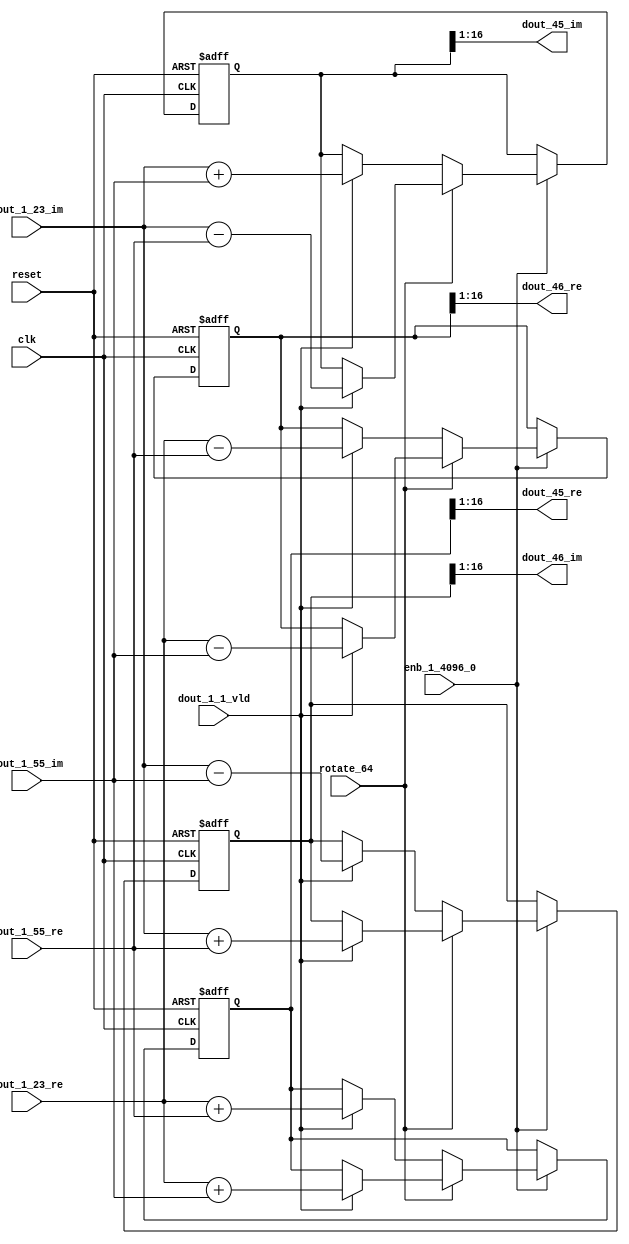
// -------------------------------------------------------------
// 
// 
// Generated by MATLAB 9.14 and HDL Coder 4.1
// 
// -------------------------------------------------------------


// -------------------------------------------------------------
// 
// Module: RADIX22FFT_SDNF2_2_block21
// Source Path: dsphdl.IFFT/RADIX22FFT_SDNF2_2
// Hierarchy Level: 4
// 
// -------------------------------------------------------------

`timescale 1 ns / 1 ns

module RADIX22FFT_SDNF2_2_block21
          (clk,
           reset,
           enb_1_4096_0,
           rotate_64,
           dout_1_23_re,
           dout_1_23_im,
           dout_1_55_re,
           dout_1_55_im,
           dout_1_1_vld,
           dout_45_re,
           dout_45_im,
           dout_46_re,
           dout_46_im);


  input   clk;
  input   reset;
  input   enb_1_4096_0;
  input   rotate_64;  // ufix1
  input   signed [15:0] dout_1_23_re;  // sfix16_En14
  input   signed [15:0] dout_1_23_im;  // sfix16_En14
  input   signed [15:0] dout_1_55_re;  // sfix16_En14
  input   signed [15:0] dout_1_55_im;  // sfix16_En14
  input   dout_1_1_vld;
  output  signed [15:0] dout_45_re;  // sfix16_En14
  output  signed [15:0] dout_45_im;  // sfix16_En14
  output  signed [15:0] dout_46_re;  // sfix16_En14
  output  signed [15:0] dout_46_im;  // sfix16_En14


  reg  Radix22ButterflyG2_NF_din_vld_dly;
  reg signed [16:0] Radix22ButterflyG2_NF_btf1_re_reg;  // sfix17
  reg signed [16:0] Radix22ButterflyG2_NF_btf1_im_reg;  // sfix17
  reg signed [16:0] Radix22ButterflyG2_NF_btf2_re_reg;  // sfix17
  reg signed [16:0] Radix22ButterflyG2_NF_btf2_im_reg;  // sfix17
  reg  Radix22ButterflyG2_NF_din_vld_dly_next;
  reg signed [16:0] Radix22ButterflyG2_NF_btf1_re_reg_next;  // sfix17_En14
  reg signed [16:0] Radix22ButterflyG2_NF_btf1_im_reg_next;  // sfix17_En14
  reg signed [16:0] Radix22ButterflyG2_NF_btf2_re_reg_next;  // sfix17_En14
  reg signed [16:0] Radix22ButterflyG2_NF_btf2_im_reg_next;  // sfix17_En14
  reg signed [15:0] dout_45_re_1;  // sfix16_En14
  reg signed [15:0] dout_45_im_1;  // sfix16_En14
  reg signed [15:0] dout_46_re_1;  // sfix16_En14
  reg signed [15:0] dout_46_im_1;  // sfix16_En14
  reg  dout_2_vld;
  reg signed [16:0] Radix22ButterflyG2_NF_add_cast;  // sfix17_En14
  reg signed [16:0] Radix22ButterflyG2_NF_add_cast_0;  // sfix17_En14
  reg signed [16:0] Radix22ButterflyG2_NF_add_cast_1;  // sfix17_En14
  reg signed [16:0] Radix22ButterflyG2_NF_add_cast_2;  // sfix17_En14
  reg signed [16:0] Radix22ButterflyG2_NF_sub_cast;  // sfix17_En14
  reg signed [16:0] Radix22ButterflyG2_NF_sub_cast_0;  // sfix17_En14
  reg signed [16:0] Radix22ButterflyG2_NF_sub_cast_1;  // sfix17_En14
  reg signed [16:0] Radix22ButterflyG2_NF_sub_cast_2;  // sfix17_En14
  reg signed [16:0] Radix22ButterflyG2_NF_sra_temp;  // sfix17_En14
  reg signed [16:0] Radix22ButterflyG2_NF_add_cast_3;  // sfix17_En14
  reg signed [16:0] Radix22ButterflyG2_NF_add_cast_4;  // sfix17_En14
  reg signed [16:0] Radix22ButterflyG2_NF_add_cast_5;  // sfix17_En14
  reg signed [16:0] Radix22ButterflyG2_NF_add_cast_6;  // sfix17_En14
  reg signed [16:0] Radix22ButterflyG2_NF_sra_temp_0;  // sfix17_En14
  reg signed [16:0] Radix22ButterflyG2_NF_sub_cast_3;  // sfix17_En14
  reg signed [16:0] Radix22ButterflyG2_NF_sub_cast_4;  // sfix17_En14
  reg signed [16:0] Radix22ButterflyG2_NF_sub_cast_5;  // sfix17_En14
  reg signed [16:0] Radix22ButterflyG2_NF_sub_cast_6;  // sfix17_En14
  reg signed [16:0] Radix22ButterflyG2_NF_sra_temp_1;  // sfix17_En14
  reg signed [16:0] Radix22ButterflyG2_NF_sra_temp_2;  // sfix17_En14


  // Radix22ButterflyG2_NF
  always @(posedge clk or posedge reset)
    begin : Radix22ButterflyG2_NF_process
      if (reset == 1'b1) begin
        Radix22ButterflyG2_NF_din_vld_dly <= 1'b0;
        Radix22ButterflyG2_NF_btf1_re_reg <= 17'sb00000000000000000;
        Radix22ButterflyG2_NF_btf1_im_reg <= 17'sb00000000000000000;
        Radix22ButterflyG2_NF_btf2_re_reg <= 17'sb00000000000000000;
        Radix22ButterflyG2_NF_btf2_im_reg <= 17'sb00000000000000000;
      end
      else begin
        if (enb_1_4096_0) begin
          Radix22ButterflyG2_NF_din_vld_dly <= Radix22ButterflyG2_NF_din_vld_dly_next;
          Radix22ButterflyG2_NF_btf1_re_reg <= Radix22ButterflyG2_NF_btf1_re_reg_next;
          Radix22ButterflyG2_NF_btf1_im_reg <= Radix22ButterflyG2_NF_btf1_im_reg_next;
          Radix22ButterflyG2_NF_btf2_re_reg <= Radix22ButterflyG2_NF_btf2_re_reg_next;
          Radix22ButterflyG2_NF_btf2_im_reg <= Radix22ButterflyG2_NF_btf2_im_reg_next;
        end
      end
    end

  always @(Radix22ButterflyG2_NF_btf1_im_reg, Radix22ButterflyG2_NF_btf1_re_reg,
       Radix22ButterflyG2_NF_btf2_im_reg, Radix22ButterflyG2_NF_btf2_re_reg,
       Radix22ButterflyG2_NF_din_vld_dly, dout_1_1_vld, dout_1_23_im,
       dout_1_23_re, dout_1_55_im, dout_1_55_re, rotate_64) begin
    Radix22ButterflyG2_NF_add_cast_1 = 17'sb00000000000000000;
    Radix22ButterflyG2_NF_add_cast_2 = 17'sb00000000000000000;
    Radix22ButterflyG2_NF_sub_cast_1 = 17'sb00000000000000000;
    Radix22ButterflyG2_NF_sub_cast_2 = 17'sb00000000000000000;
    Radix22ButterflyG2_NF_add_cast_5 = 17'sb00000000000000000;
    Radix22ButterflyG2_NF_add_cast_6 = 17'sb00000000000000000;
    Radix22ButterflyG2_NF_sub_cast_5 = 17'sb00000000000000000;
    Radix22ButterflyG2_NF_sub_cast_6 = 17'sb00000000000000000;
    Radix22ButterflyG2_NF_add_cast = 17'sb00000000000000000;
    Radix22ButterflyG2_NF_add_cast_0 = 17'sb00000000000000000;
    Radix22ButterflyG2_NF_sub_cast = 17'sb00000000000000000;
    Radix22ButterflyG2_NF_sub_cast_0 = 17'sb00000000000000000;
    Radix22ButterflyG2_NF_add_cast_3 = 17'sb00000000000000000;
    Radix22ButterflyG2_NF_add_cast_4 = 17'sb00000000000000000;
    Radix22ButterflyG2_NF_sub_cast_3 = 17'sb00000000000000000;
    Radix22ButterflyG2_NF_sub_cast_4 = 17'sb00000000000000000;
    Radix22ButterflyG2_NF_btf1_re_reg_next = Radix22ButterflyG2_NF_btf1_re_reg;
    Radix22ButterflyG2_NF_btf1_im_reg_next = Radix22ButterflyG2_NF_btf1_im_reg;
    Radix22ButterflyG2_NF_btf2_re_reg_next = Radix22ButterflyG2_NF_btf2_re_reg;
    Radix22ButterflyG2_NF_btf2_im_reg_next = Radix22ButterflyG2_NF_btf2_im_reg;
    Radix22ButterflyG2_NF_din_vld_dly_next = dout_1_1_vld;
    if (rotate_64 != 1'b0) begin
      if (dout_1_1_vld) begin
        Radix22ButterflyG2_NF_add_cast_1 = {dout_1_23_re[15], dout_1_23_re};
        Radix22ButterflyG2_NF_add_cast_2 = {dout_1_55_im[15], dout_1_55_im};
        Radix22ButterflyG2_NF_btf1_re_reg_next = Radix22ButterflyG2_NF_add_cast_1 + Radix22ButterflyG2_NF_add_cast_2;
        Radix22ButterflyG2_NF_sub_cast_1 = {dout_1_23_re[15], dout_1_23_re};
        Radix22ButterflyG2_NF_sub_cast_2 = {dout_1_55_im[15], dout_1_55_im};
        Radix22ButterflyG2_NF_btf2_re_reg_next = Radix22ButterflyG2_NF_sub_cast_1 - Radix22ButterflyG2_NF_sub_cast_2;
        Radix22ButterflyG2_NF_add_cast_5 = {dout_1_23_im[15], dout_1_23_im};
        Radix22ButterflyG2_NF_add_cast_6 = {dout_1_55_re[15], dout_1_55_re};
        Radix22ButterflyG2_NF_btf2_im_reg_next = Radix22ButterflyG2_NF_add_cast_5 + Radix22ButterflyG2_NF_add_cast_6;
        Radix22ButterflyG2_NF_sub_cast_5 = {dout_1_23_im[15], dout_1_23_im};
        Radix22ButterflyG2_NF_sub_cast_6 = {dout_1_55_re[15], dout_1_55_re};
        Radix22ButterflyG2_NF_btf1_im_reg_next = Radix22ButterflyG2_NF_sub_cast_5 - Radix22ButterflyG2_NF_sub_cast_6;
      end
    end
    else if (dout_1_1_vld) begin
      Radix22ButterflyG2_NF_add_cast = {dout_1_23_re[15], dout_1_23_re};
      Radix22ButterflyG2_NF_add_cast_0 = {dout_1_55_re[15], dout_1_55_re};
      Radix22ButterflyG2_NF_btf1_re_reg_next = Radix22ButterflyG2_NF_add_cast + Radix22ButterflyG2_NF_add_cast_0;
      Radix22ButterflyG2_NF_sub_cast = {dout_1_23_re[15], dout_1_23_re};
      Radix22ButterflyG2_NF_sub_cast_0 = {dout_1_55_re[15], dout_1_55_re};
      Radix22ButterflyG2_NF_btf2_re_reg_next = Radix22ButterflyG2_NF_sub_cast - Radix22ButterflyG2_NF_sub_cast_0;
      Radix22ButterflyG2_NF_add_cast_3 = {dout_1_23_im[15], dout_1_23_im};
      Radix22ButterflyG2_NF_add_cast_4 = {dout_1_55_im[15], dout_1_55_im};
      Radix22ButterflyG2_NF_btf1_im_reg_next = Radix22ButterflyG2_NF_add_cast_3 + Radix22ButterflyG2_NF_add_cast_4;
      Radix22ButterflyG2_NF_sub_cast_3 = {dout_1_23_im[15], dout_1_23_im};
      Radix22ButterflyG2_NF_sub_cast_4 = {dout_1_55_im[15], dout_1_55_im};
      Radix22ButterflyG2_NF_btf2_im_reg_next = Radix22ButterflyG2_NF_sub_cast_3 - Radix22ButterflyG2_NF_sub_cast_4;
    end
    Radix22ButterflyG2_NF_sra_temp = Radix22ButterflyG2_NF_btf1_re_reg >>> 8'd1;
    dout_45_re_1 = Radix22ButterflyG2_NF_sra_temp[15:0];
    Radix22ButterflyG2_NF_sra_temp_0 = Radix22ButterflyG2_NF_btf1_im_reg >>> 8'd1;
    dout_45_im_1 = Radix22ButterflyG2_NF_sra_temp_0[15:0];
    Radix22ButterflyG2_NF_sra_temp_1 = Radix22ButterflyG2_NF_btf2_re_reg >>> 8'd1;
    dout_46_re_1 = Radix22ButterflyG2_NF_sra_temp_1[15:0];
    Radix22ButterflyG2_NF_sra_temp_2 = Radix22ButterflyG2_NF_btf2_im_reg >>> 8'd1;
    dout_46_im_1 = Radix22ButterflyG2_NF_sra_temp_2[15:0];
    dout_2_vld = Radix22ButterflyG2_NF_din_vld_dly;
  end



  assign dout_45_re = dout_45_re_1;

  assign dout_45_im = dout_45_im_1;

  assign dout_46_re = dout_46_re_1;

  assign dout_46_im = dout_46_im_1;

endmodule  // RADIX22FFT_SDNF2_2_block21